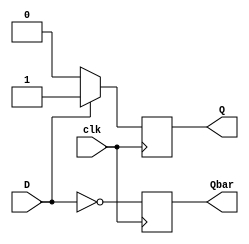
module D_FF_Pedge(Q, Qbar, clk, D);
	
	output Q, Qbar;
	input D, clk;
	reg Q, Qbar;
	
	always @(posedge clk)
		begin
			if(D)
				begin
					Q <= D;
					Qbar <= ~D;
				end
			else if(~D)
				begin
					Q <= D;
					Qbar <= ~D;
				end
		end
	

endmodule